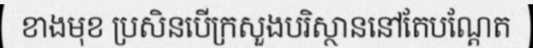
ខាងមុខ ប្រសិនបើក្រសួងបរិស្ថាននៅតែបណ្តែត